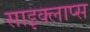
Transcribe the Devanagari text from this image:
साइक्लाप्स